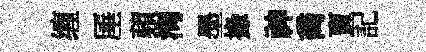
缠厜蘋淘墨掾神喬𧶠記